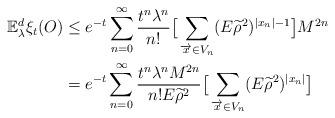
LaTeX: \begin{align*}\mathbb{E}_{\lambda}^d\xi_t(O)&\leq e^{-t}\sum_{n=0}^{\infty}\frac{t^n\lambda^n}{n!}\big[\sum_{\overrightarrow{x}\in V_n}(E{\widetilde{\rho}}^2)^{|x_n|-1}\big]M^{2n}\\&=e^{-t}\sum_{n=0}^{\infty}\frac{t^n\lambda^nM^{2n}}{n!E{\widetilde{\rho}}^2}\big[\sum_{\overrightarrow{x}\in V_n}(E{\widetilde{\rho}}^2)^{|x_n|}\big]\end{align*}